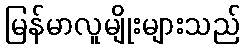
မြန်မာလူမျိုးများသည်